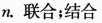
n.联合；结合